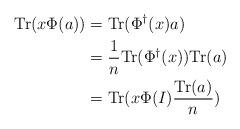
LaTeX: \begin{align*} \mathrm{Tr}(x\Phi(a)) & = \mathrm{Tr}(\Phi^{\dagger}(x)a) \\& = \frac{1}{n}\mathrm{Tr}(\Phi^{\dagger}(x))\mathrm{Tr}(a) \\& = \mathrm{Tr}(x\Phi(I)\frac{\mathrm{Tr}(a)}{n})\end{align*}